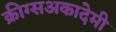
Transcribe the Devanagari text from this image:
क्रीग्सअकादेमी